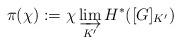
LaTeX: \begin{align*}\pi(\chi) := \chi \varinjlim_{K'} H^*([G]_{K'})\end{align*}